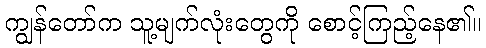
ကျွန်တော်က သူ့မျက်လုံးတွေကို စောင့်ကြည့်နေ၏။